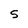
Character: 5